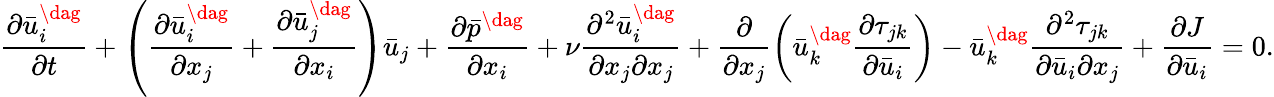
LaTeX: \frac{{\partial\bar{u}_{i}^{\dag}}}{{\partial t}}+\left({\frac{{\partial\bar{u}_{i}^{\dag}}}{{\partial{x_{j}}}}+\frac{{\partial\bar{u}_{j}^{\dag}}}{{\partial{x_{i}}}}}\right){{\bar{u}}_{j}}+\frac{{\partial{{\bar{p}}^{\dag}}}}{{\partial{x_{i}}}}+\nu\frac{{{\partial^{2}}\bar{u}_{i}^{\dag}}}{{\partial{x_{j}}\partial{x_{j}}}}+\frac{\partial}{{\partial{x_{j}}}}\left({\bar{u}_{k}^{\dag}\frac{{\partial{\tau_{jk}}}}{{\partial{{\bar{u}}_{i}}}}}\right)-\bar{u}_{k}^{\dag}\frac{{{\partial^{2}}{\tau_{jk}}}}{{\partial{{\bar{u}}_{i}}\partial{x_{j}}}}+\frac{{\partial J}}{{\partial{{\bar{u}}_{i}}}}=0.